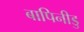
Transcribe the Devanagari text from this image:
बापिनीडु